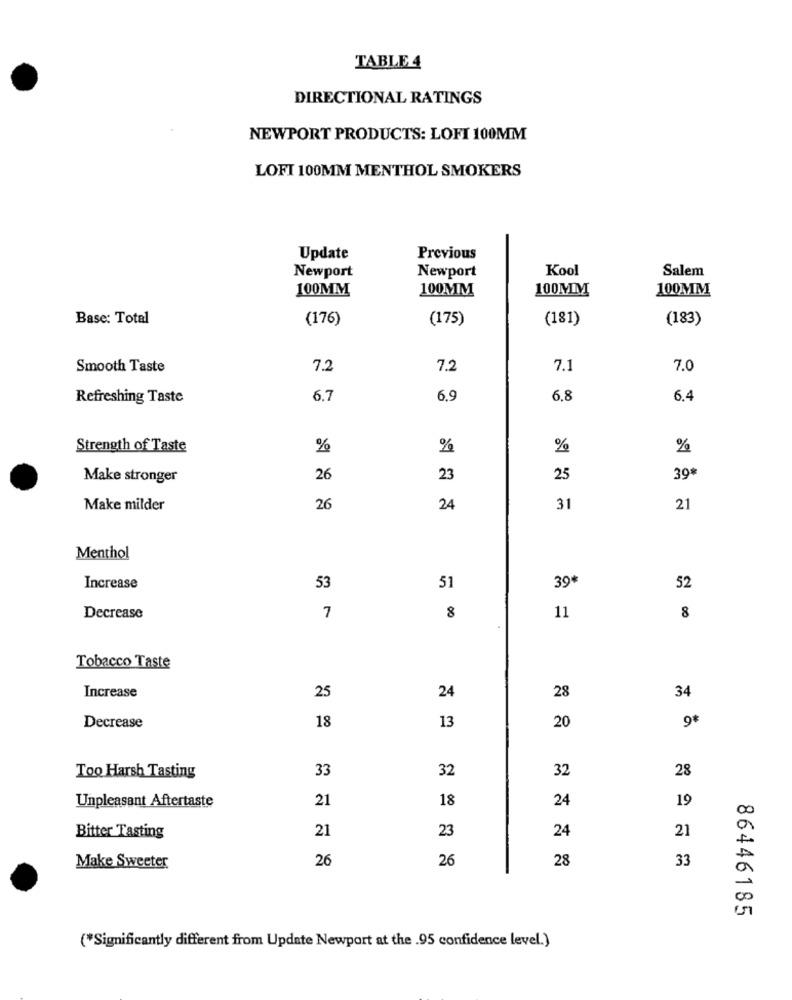
TABLE 4
DIRECTIONAL RATINGS
NEWPORT PRODUCTS: LOFI 100MM
LOFT 100MM MENTHOL SMOKERS
Update
Previous
Kool
Salem
Newport
Newport
100MM
100MM
100MM
100MM
Base: Total
(176)
(175)
(181)
(183)
Smooth Taste
7.2
7.2
7.1
7.0
Refreshing Taste
6.7
6.9
6.8
6.4
Strength of Taste
%
%
%
%
Make stronger
26
23
25
39*
Make milder
26
24
31
21
Menthol
39*
Increase
53
51
52
8
Decrease
7
11
8
Tobacco Taste
25
Increase
24
28
34
9*
Decrease
18
13
20
33
32
32
28
Too Harsh Tasting
Unpleasant Aftertaste
21
18
24
19
21
23
24
o
Bitter Tasting
21
26
26
28
Make Sweeter
33
00
86446185
(*Significantly different from Update Newport at the .95 confidence level.)